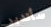
سأتدبر